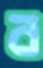
ব